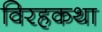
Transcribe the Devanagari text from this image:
विरहकथा